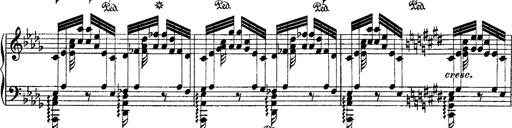
Title: Ã‰tudes d'exÃ©cution transcendante d'aprÃ¨s Paganini
Composer: Franz Liszt